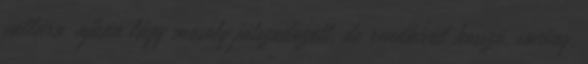
vállára, ajkán lágy mosoly játszadozott, de rendkívül hosszú, sovány,